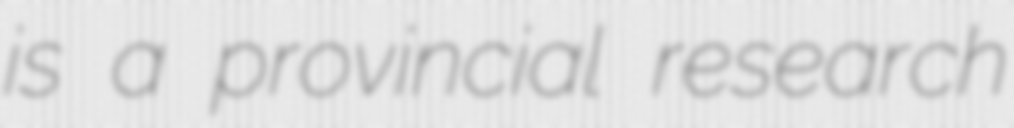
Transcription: is a provincial research